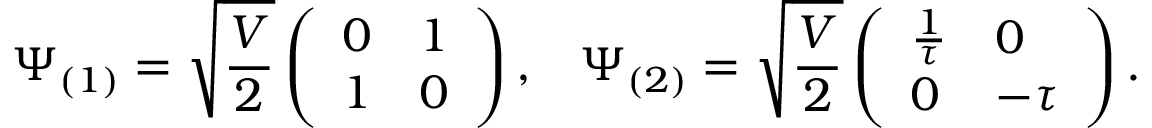
\Psi _ { ( 1 ) } = \sqrt { \frac { V } { 2 } } \left( \begin{array} { l l } { { 0 } } & { { 1 } } \\ { { 1 } } & { { 0 } } \end{array} \right) , \; \; \; \Psi _ { ( 2 ) } = \sqrt { \frac { V } { 2 } } \left( \begin{array} { l l } { { \frac { 1 } { \tau } } } & { { 0 } } \\ { { 0 } } & { { - \tau } } \end{array} \right) .